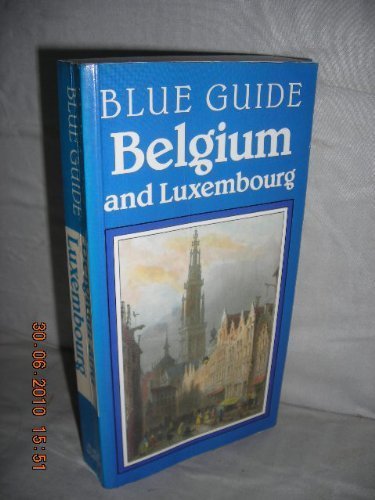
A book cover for Belgium and Luxembourg (Blue Guides); Travel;